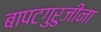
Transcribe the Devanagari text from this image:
बापटगुरुजींना